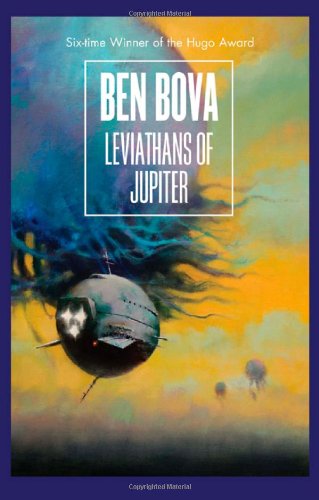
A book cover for Leviathans of Jupiter (The Grand Tour); Ben Bova; Science Fiction & Fantasy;